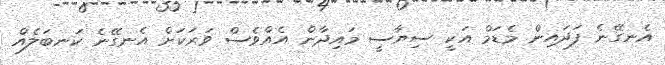
އެނގޭނެ ފަދައިން މެޑަމް އަކީ ސިޔާސީ މައިދާން އެއްވެސް ވަރަކަށް އެނގޭނެ ކަނބަލެއް